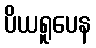
ပိယရူပေန